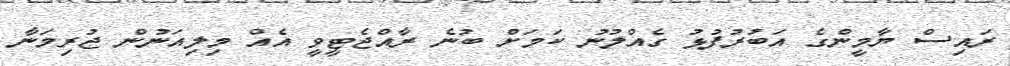
ރައިސް ޔާމީންގެ އަބުރުފުޅު ގެއްލުނު ކަމަށް ބުނެ ރާއްޖެޓީވީ އެއް މިލިއަނުން ޖުރިމަނާ